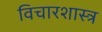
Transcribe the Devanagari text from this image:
विचारशास्त्र